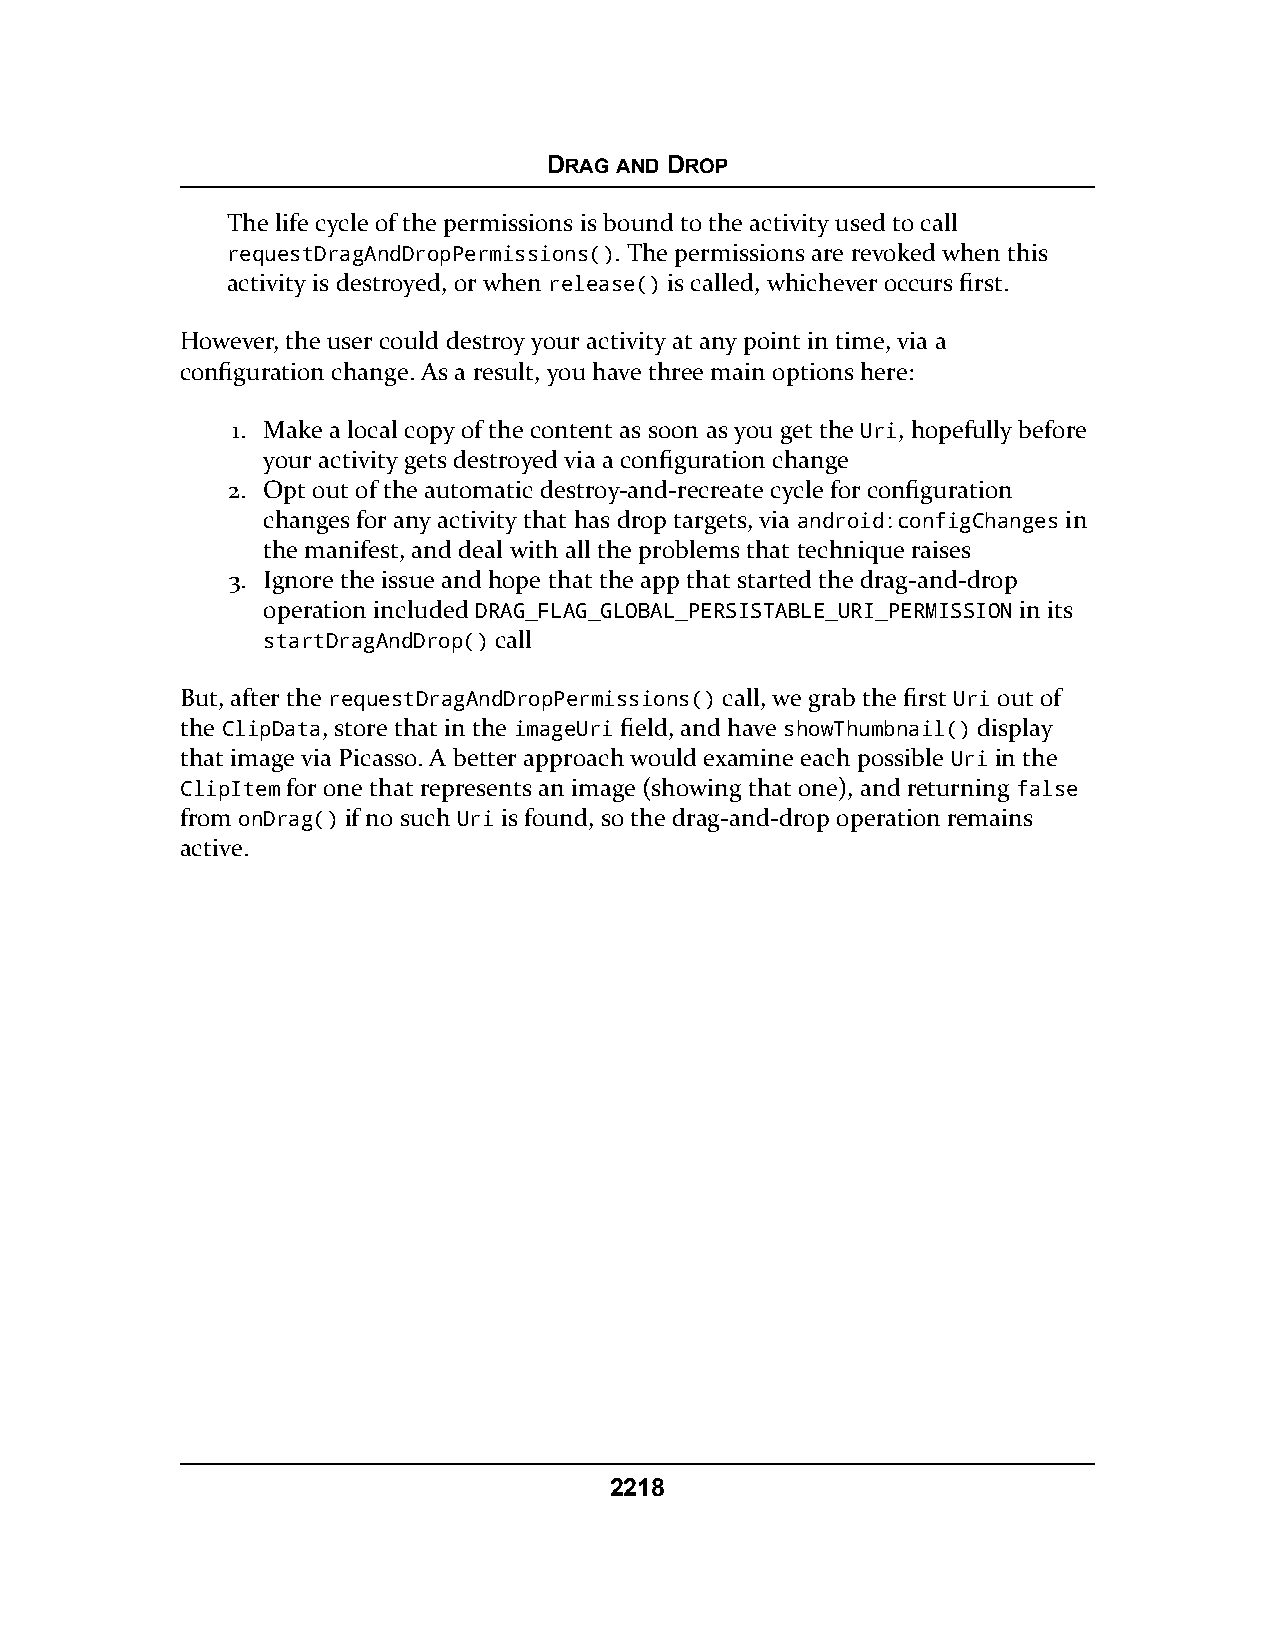
DRAG AND DROP
 The life cycle of the permissions is bound to the activity used to call
 requestDragAndDropPermissions(). The permissions are revoked when this
 activity is destroyed, or when release() is called, whichever occurs first.
 However, the user could destroy your activity at any point in time, via a
 configuration change. As a result, you have three main options here:
 1. Make a local copy of the content as soon as you get the Uri, hopefully before
 your activity gets destroyed via a configuration change
 2. Opt out of the automatic destroy-and-recreate cycle for configuration
 changes for any activity that has drop targets, via android:configChanges in
 the manifest, and deal with all the problems that technique raises
 3. Ignore the issue and hope that the app that started the drag-and-drop
 operation included DRAG_FLAG_GLOBAL_PERSISTABLE_URI_PERMISSION in its
 startDragAndDrop() call
 But, after the requestDragAndDropPermissions() call, we grab the first Uri out of
 the ClipData, store that in the imageUri field, and have showThumbnail() display
 that image via Picasso. A better approach would examine each possible Uri in the
 ClipItem for one that represents an image (showing that one), and returning false
 from onDrag() if no such Uri is found, so the drag-and-drop operation remains
 active.
 2218